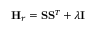
\mathbf { H } _ { r } = \mathbf { S } \mathbf { S } ^ { T } + \lambda \mathbf { I }